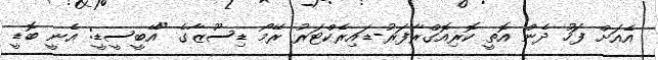
އެއަށް ފަހު ދެން އޮތީ ކޮރިއޮގްރާފަރު-ޑައިރެކްޓަރު ރޭމޯ ޑިސޫޒާގެ "އޭބީސީޑީ: އެނީ ބޮޑީ